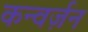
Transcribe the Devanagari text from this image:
कन्वर्ज़न